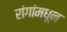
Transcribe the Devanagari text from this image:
रांगांमधून